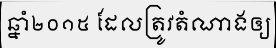
ឆ្នាំ២០១៥ ដែលត្រូវតំណាងឲ្យ